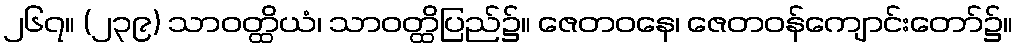
၂၆၇။ (၂၃၉) သာဝတ္ထိယံ၊ သာဝတ္ထိပြည်၌။ ဇေတဝနေ၊ ဇေတဝန်ကျောင်းတော်၌။